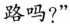
路吗?”